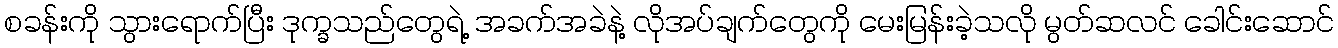
စခန်းကို သွားရောက်ပြီး ဒုက္ခသည်တွေရဲ့ အခက်အခဲနဲ့ လိုအပ်ချက်တွေကို မေးမြန်းခဲ့သလို မွတ်ဆလင် ခေါင်းဆောင်